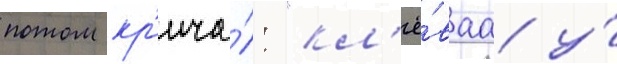
потом кр'ича́л: "кл'ё́ваа у́